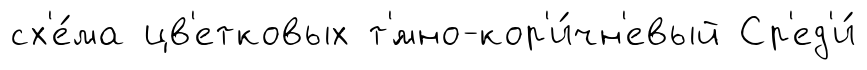
сх'е́ма цв'етковых т'́мно-кор'и́чн'евый Ср'ед'и́